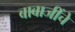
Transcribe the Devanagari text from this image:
बाबाजींचे